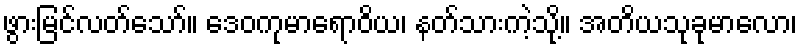
ဖွားမြင်လတ်သော်။ ဒေဝကုမာရောဝိယ၊ နတ်သားကဲ့သို့။ အတိယသုခုမာလော၊